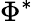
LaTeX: \Phi^{\ast}